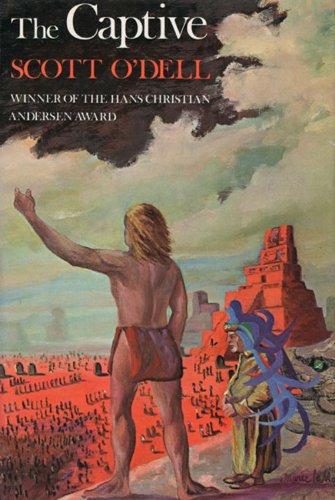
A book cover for The Captive; Scott O'Dell; Teen & Young Adult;